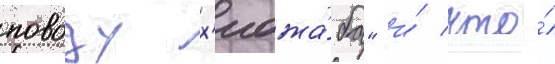
поводу х'иджа́ба" и́ что́